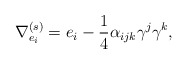
\begin{align*}\nabla ^{(s)}_{e_{i}} = e_{i} - \frac{1}{4}\alpha _{ijk}\gamma ^{j}\gamma ^{k},\end{align*}